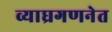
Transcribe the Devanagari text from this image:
व्याघ्रगणनेत